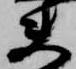
夫